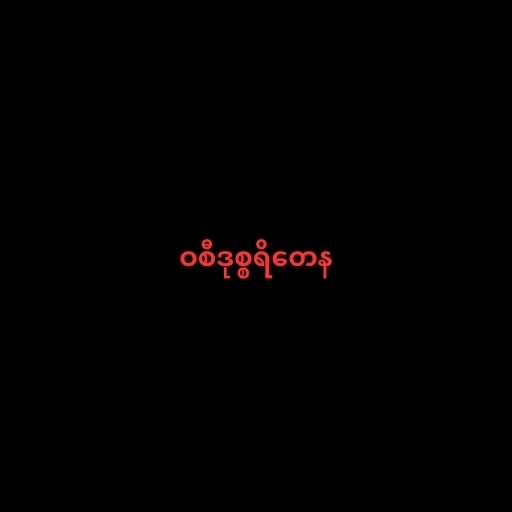
ဝစီဒုစ္စရိတေန